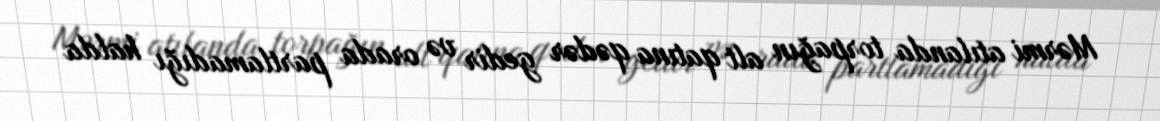
Mərmi atılanda torpağın alt qatına qədər gedir və orada partlamadığı halda